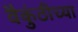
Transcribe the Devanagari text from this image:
वैकुंठीच्या